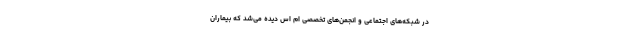
در شبکه‌های اجتماعی و انجمن‌های تخصصی ام اس دیده می‌شد که بیماران